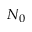
N _ { 0 }